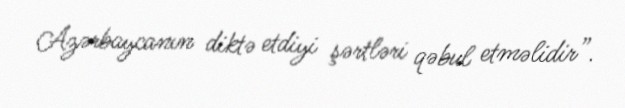
Azərbaycanın diktə etdiyi şərtləri qəbul etməlidir”.